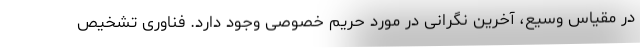
در مقیاس وسیع، آخرین نگرانی در مورد حریم خصوصی وجود دارد. فناوری تشخیص